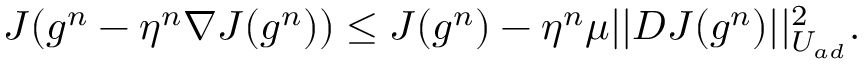
J ( g ^ { n } - \eta ^ { n } \nabla J ( g ^ { n } ) ) \le J ( g ^ { n } ) - \eta ^ { n } \mu | | D J ( g ^ { n } ) | | _ { U _ { a d } } ^ { 2 } .